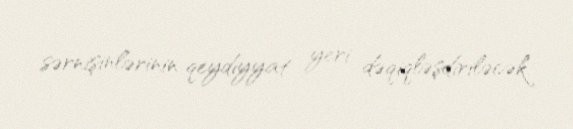
sərnişinlərinin qeydiyyat yeri dəqiqləşdiriləcək.